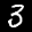
Label: 3